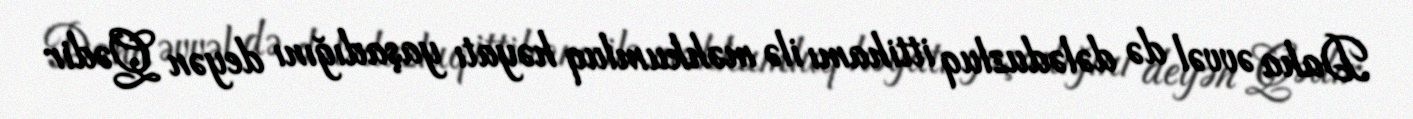
Daha əvvəl də dələduzluq ittihamı ilə məhkumluq həyatı yaşadığını deyən Qədir